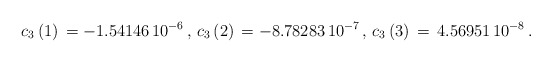
\begin{align*}c_{3}\left( 1\right) \,=-1.54146\,10^{-6}\,,\,c_{3}\left( 2\right)\,=-8.78283\,10^{-7}\,,\,c_{3}\left( 3\right) \,=\,4.56951\,10^{-8}\,.\end{align*}